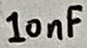
Text: 10nF